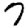
Digit: 7